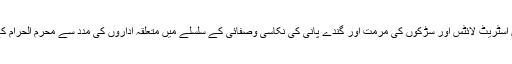
متعلقہ ڈپٹی کمشنر امام بارگاہوں ،مجالس کے مقامات ،جلسے جلوس کی گزرگاہیں ،مساجد اور اطراف میں اسٹریٹ لائٹس اور سڑکوں کی مرمت اور گندے پانی کی نکاسی وصفائی کے سلسلے میں متعلقہ اداروں کی مدد سے محرم الحرام کے آغاز سے قبل ضروری اقدامات عمل میں لائیں گے نیز بجلی کی بلاتعطل فراہمی یقینی بنائی جائے گی ۔